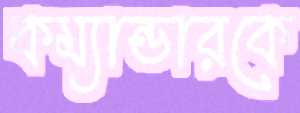
কম্যান্ডারকে